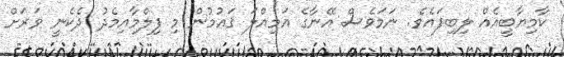
ކާމިޔާބީއެއް ލިބިފައެވެ. ނަމަވެސް އޭނާގެ އަމިއްލަ ޤައުމުން މި ފިލްމާއިމެދު ދެކެނީ ވަރަށް